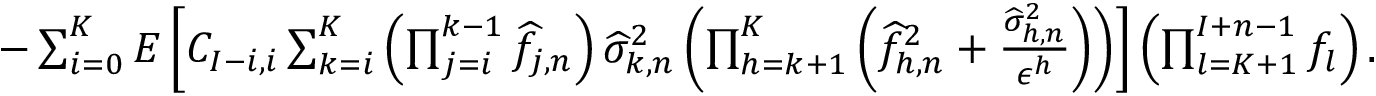
\begin{array} { r } { - \sum _ { i = 0 } ^ { K } E \left[ C _ { I - i , i } \sum _ { k = i } ^ { K } \left( \prod _ { j = i } ^ { k - 1 } \widehat { f } _ { j , n } \right) \widehat \sigma _ { k , n } ^ { 2 } \left( \prod _ { h = k + 1 } ^ { K } \left( \widehat { f } _ { h , n } ^ { 2 } + \frac { \widehat \sigma _ { h , n } ^ { 2 } } { \epsilon ^ { h } } \right) \right) \right] \left( \prod _ { l = K + 1 } ^ { I + n - 1 } f _ { l } \right) . } \end{array}